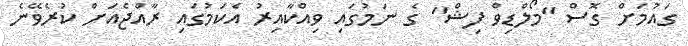
ގައުމަށް ގޮސް "މޯލްޑިވް ފިޝް" ގެ ނަމުގައި ވިއްކާއިރު އެކަމުގައި ރާއްޖެއަށް ކުރެވޭނެ